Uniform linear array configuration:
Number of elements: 24
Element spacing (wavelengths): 1
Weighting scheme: blackman
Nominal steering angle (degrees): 45
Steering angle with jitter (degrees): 43.905
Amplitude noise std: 0.05
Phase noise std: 0.05

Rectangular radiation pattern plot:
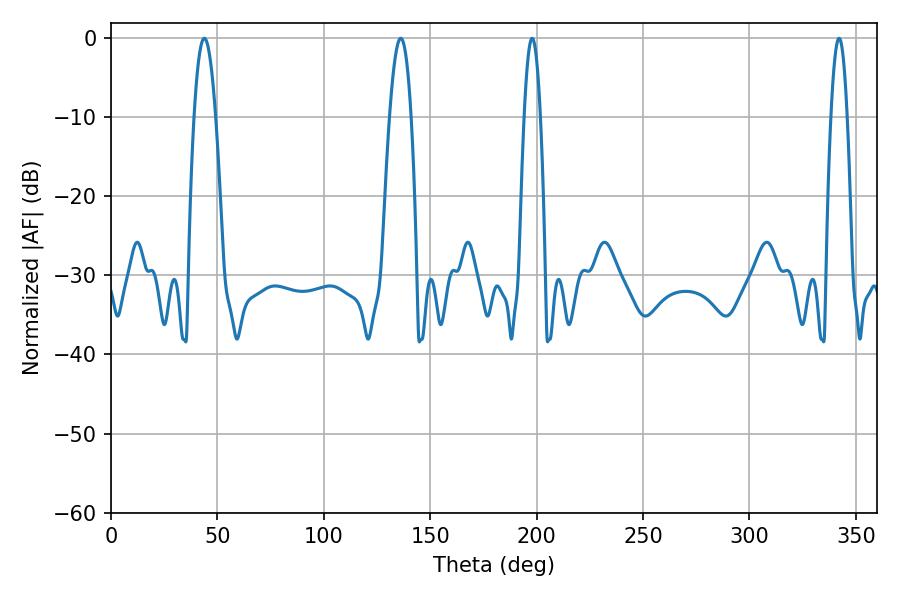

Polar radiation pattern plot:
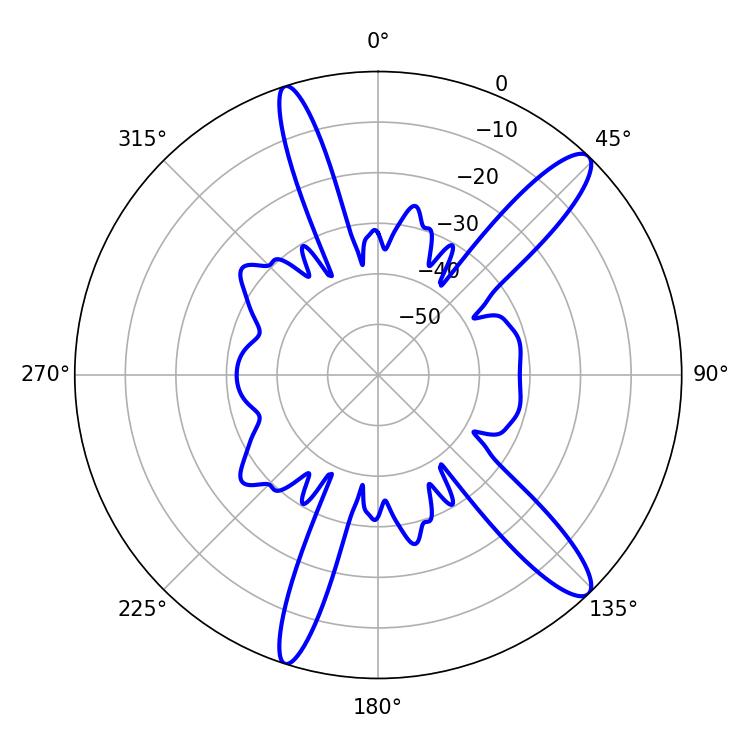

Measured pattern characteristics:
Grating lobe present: TRUE
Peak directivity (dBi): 13.164
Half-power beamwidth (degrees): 5.4
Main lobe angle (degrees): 43.92